Source: Computer-generated
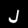
Digit: ၂ (2)